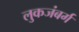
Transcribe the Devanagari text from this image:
लुकजंबर्ग